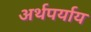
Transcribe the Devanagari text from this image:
अर्थपर्याय